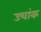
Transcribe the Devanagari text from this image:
उचांक